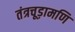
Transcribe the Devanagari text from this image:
तंत्रचूड़ामणि